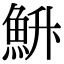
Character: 𮫳